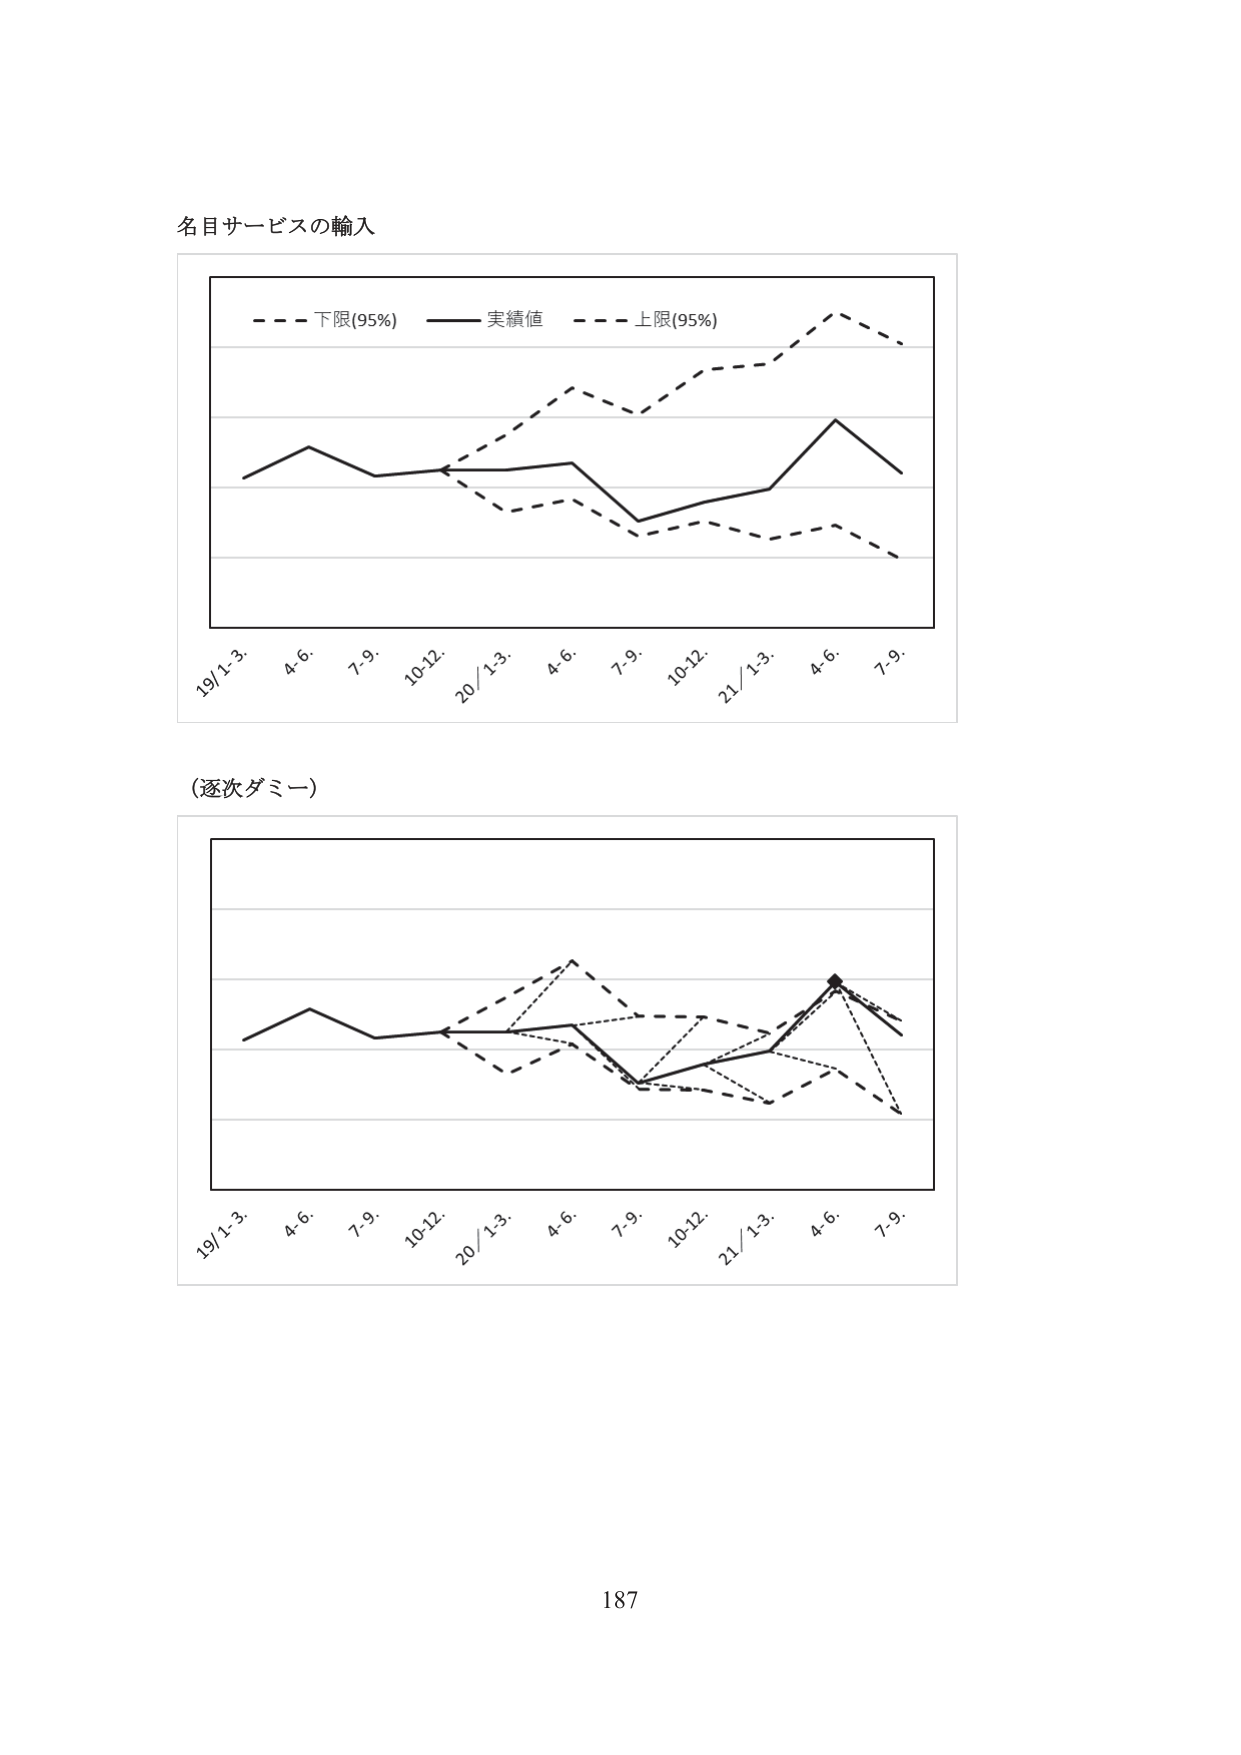
名目サービスの輸入

- - - 下限(95%) —— 実績値 - - - 上限(95%)

19/1-3. 4.6. 7.9. 10-12. 20/1-3. 4.6. 7.9. 10-12. 21/1-3. 4.6. 7.9.

（逐次ダミー）

19/1-3. 4.6. 7.9. 10-12. 20/1-3. 4.6. 7.9. 10-12. 21/1-3. 4.6. 7.9.

187